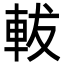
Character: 軷